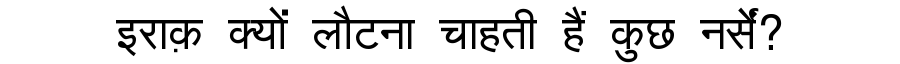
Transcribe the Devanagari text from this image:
इराक़ क्यों लौटना चाहती हैं कुछ नर्सें?